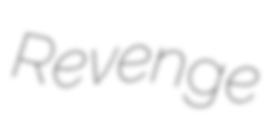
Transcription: Revenge